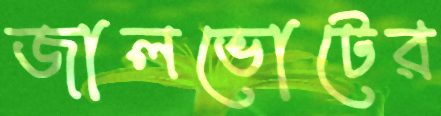
জালভোটের